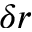
\delta r